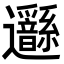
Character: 𨙣